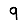
Digit: 9